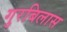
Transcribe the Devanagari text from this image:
गुरबिलास